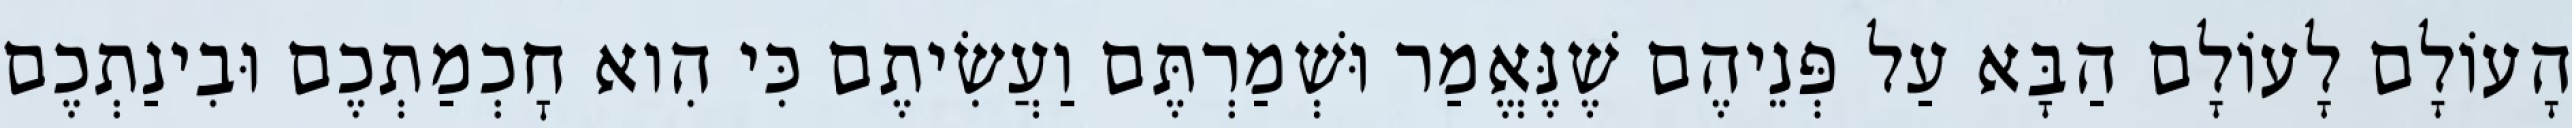
הָעוֹלָם לָעוֹלָם הַבָּא עַל פְּנֵיהֶם שֶׁנֶּאֱמַר וּשְׁמַרְתֶּם וַעֲשִׂיתֶם כִּי הִוא חׇכְמַתְכֶם וּבִינַתְכֶם